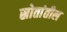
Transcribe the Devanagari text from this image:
स्रोतांतील